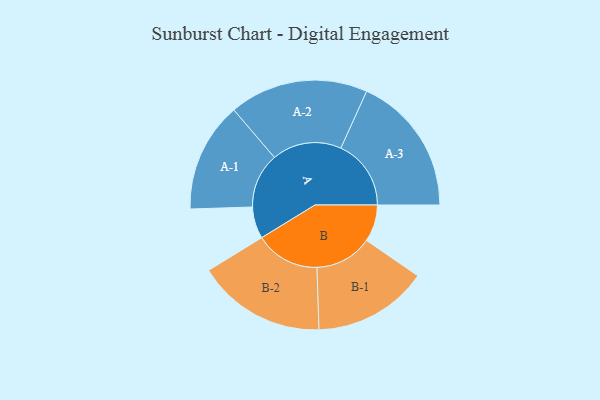
{"axis": {"x": "Segment", "y": "Value"}, "legend": ["", "A", "B"], "data": [{"x": "A", "y": 129, "type": ""}, {"x": "B", "y": 150, "type": ""}, {"x": "A-1", "y": 223, "type": "A"}, {"x": "A-2", "y": 282, "type": "A"}, {"x": "A-3", "y": 285, "type": "A"}, {"x": "B-1", "y": 233, "type": "B"}, {"x": "B-2", "y": 262, "type": "B"}]}